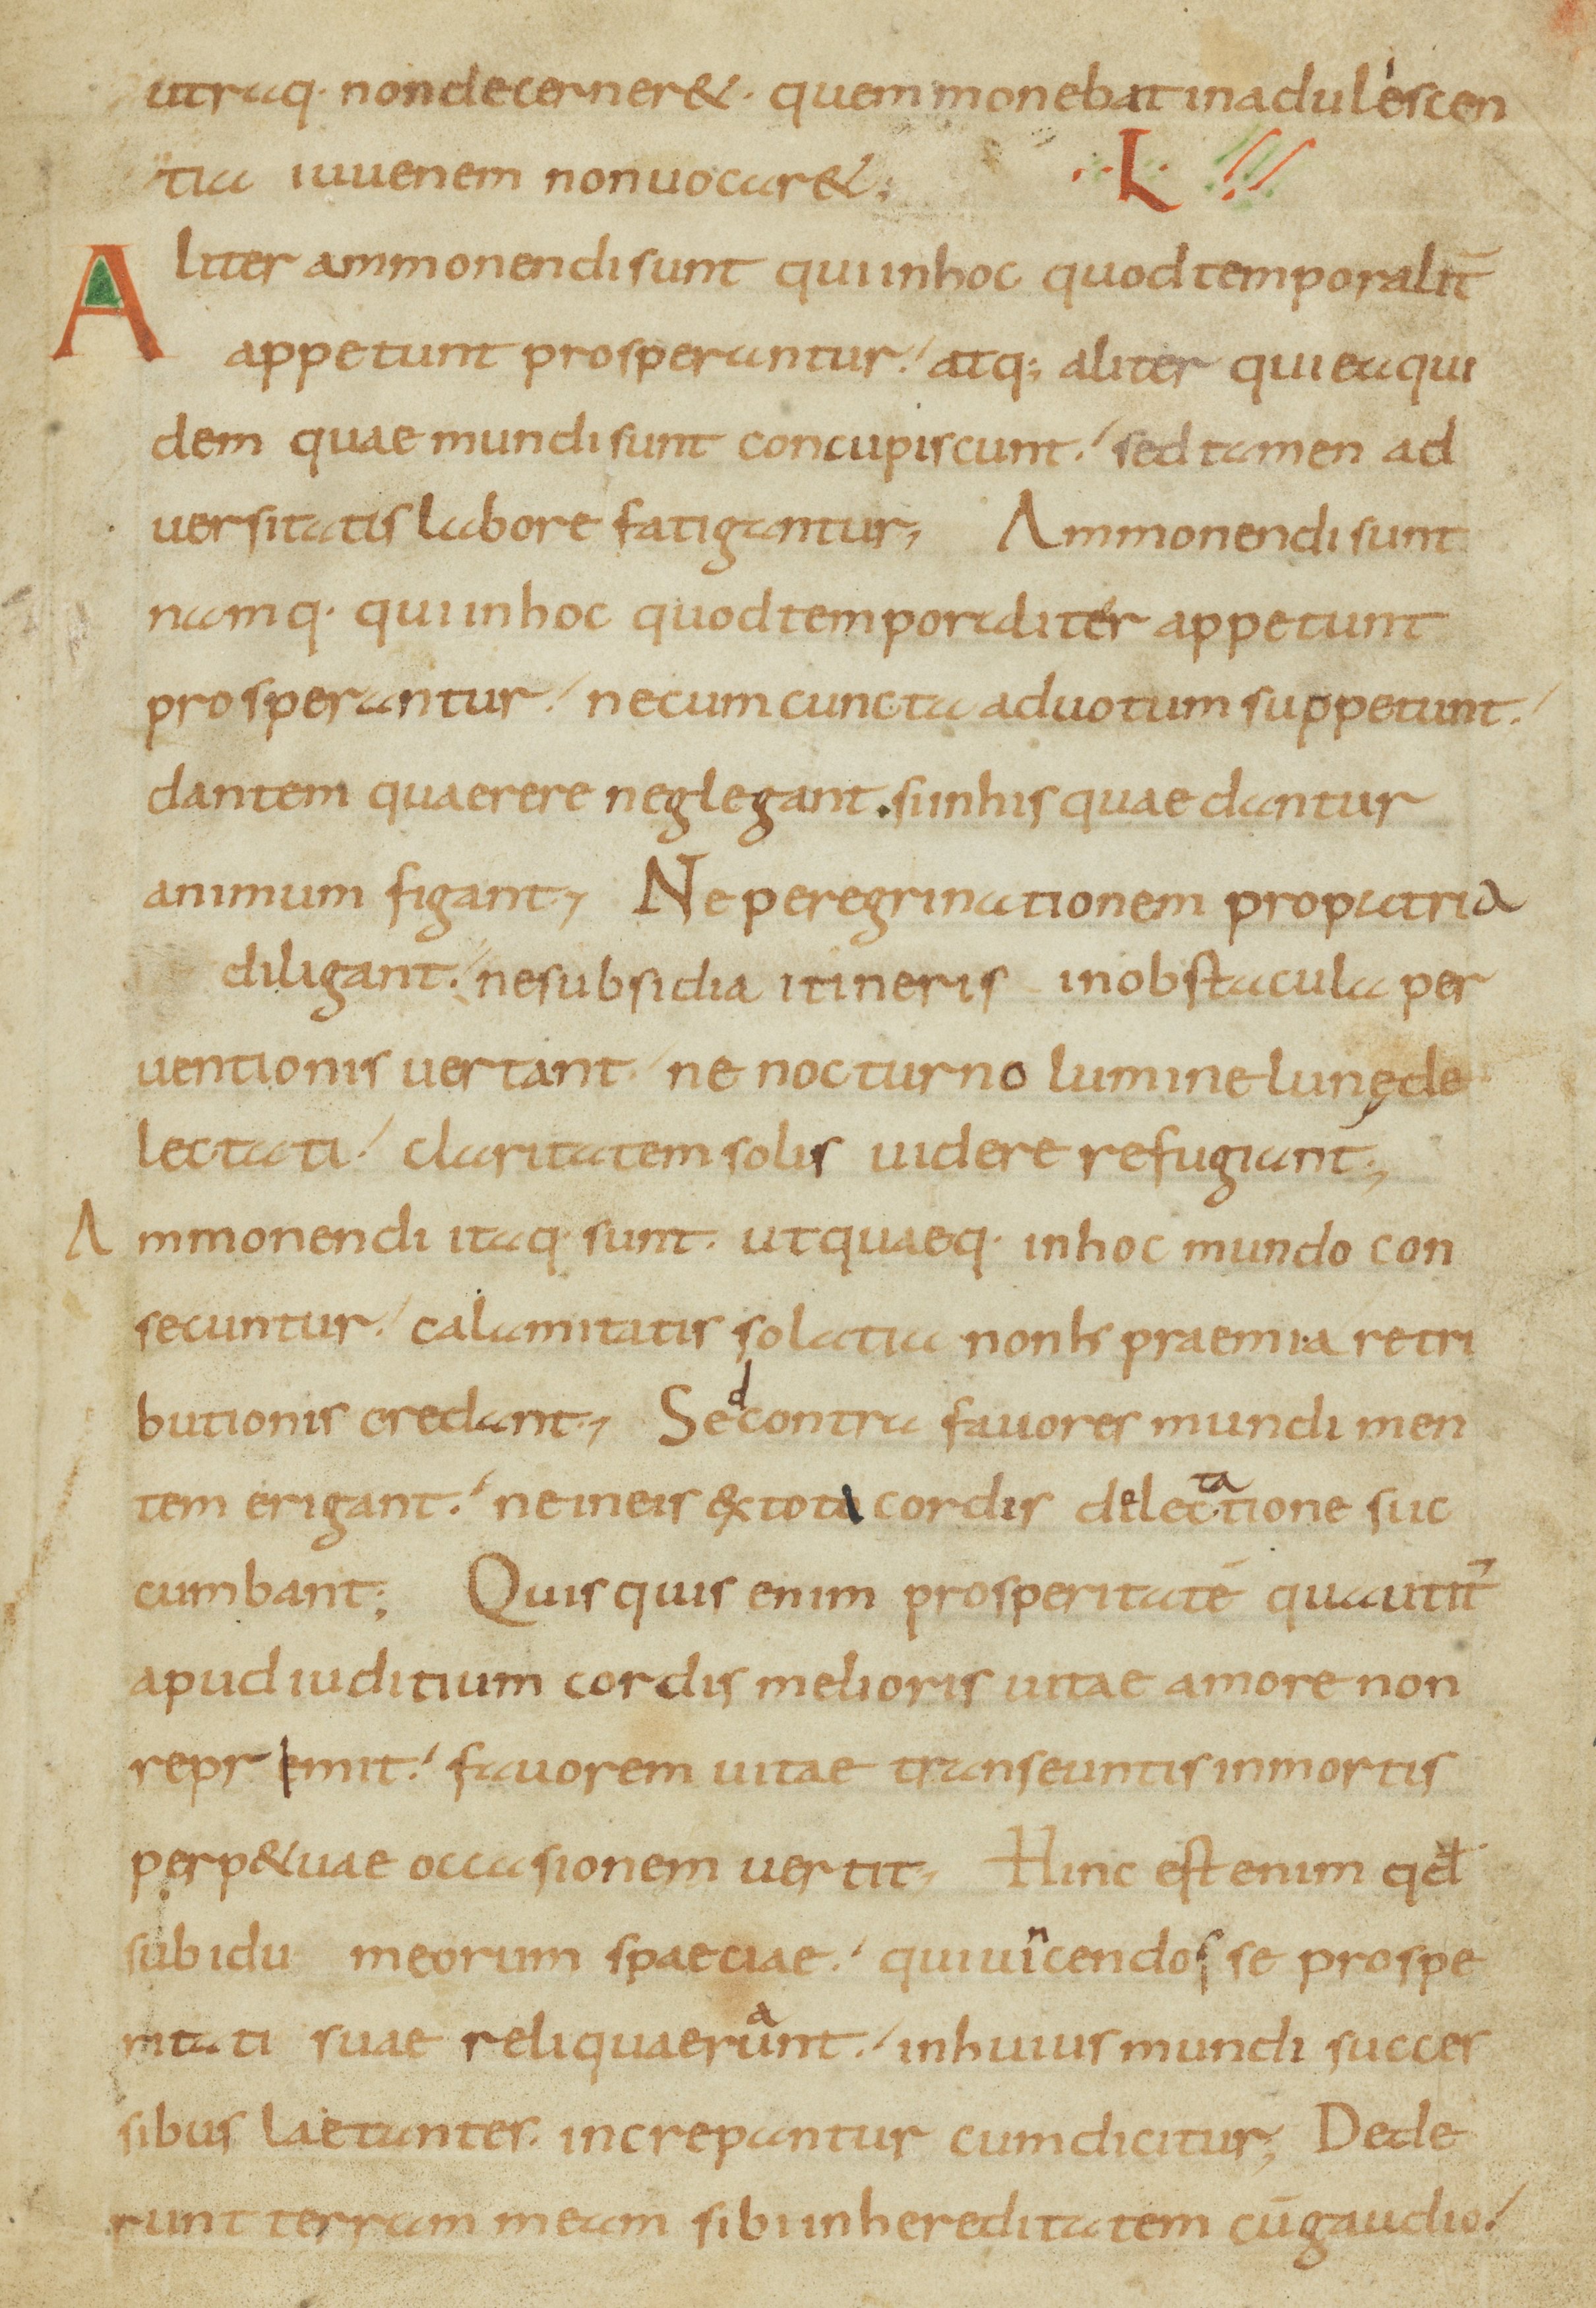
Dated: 800–899